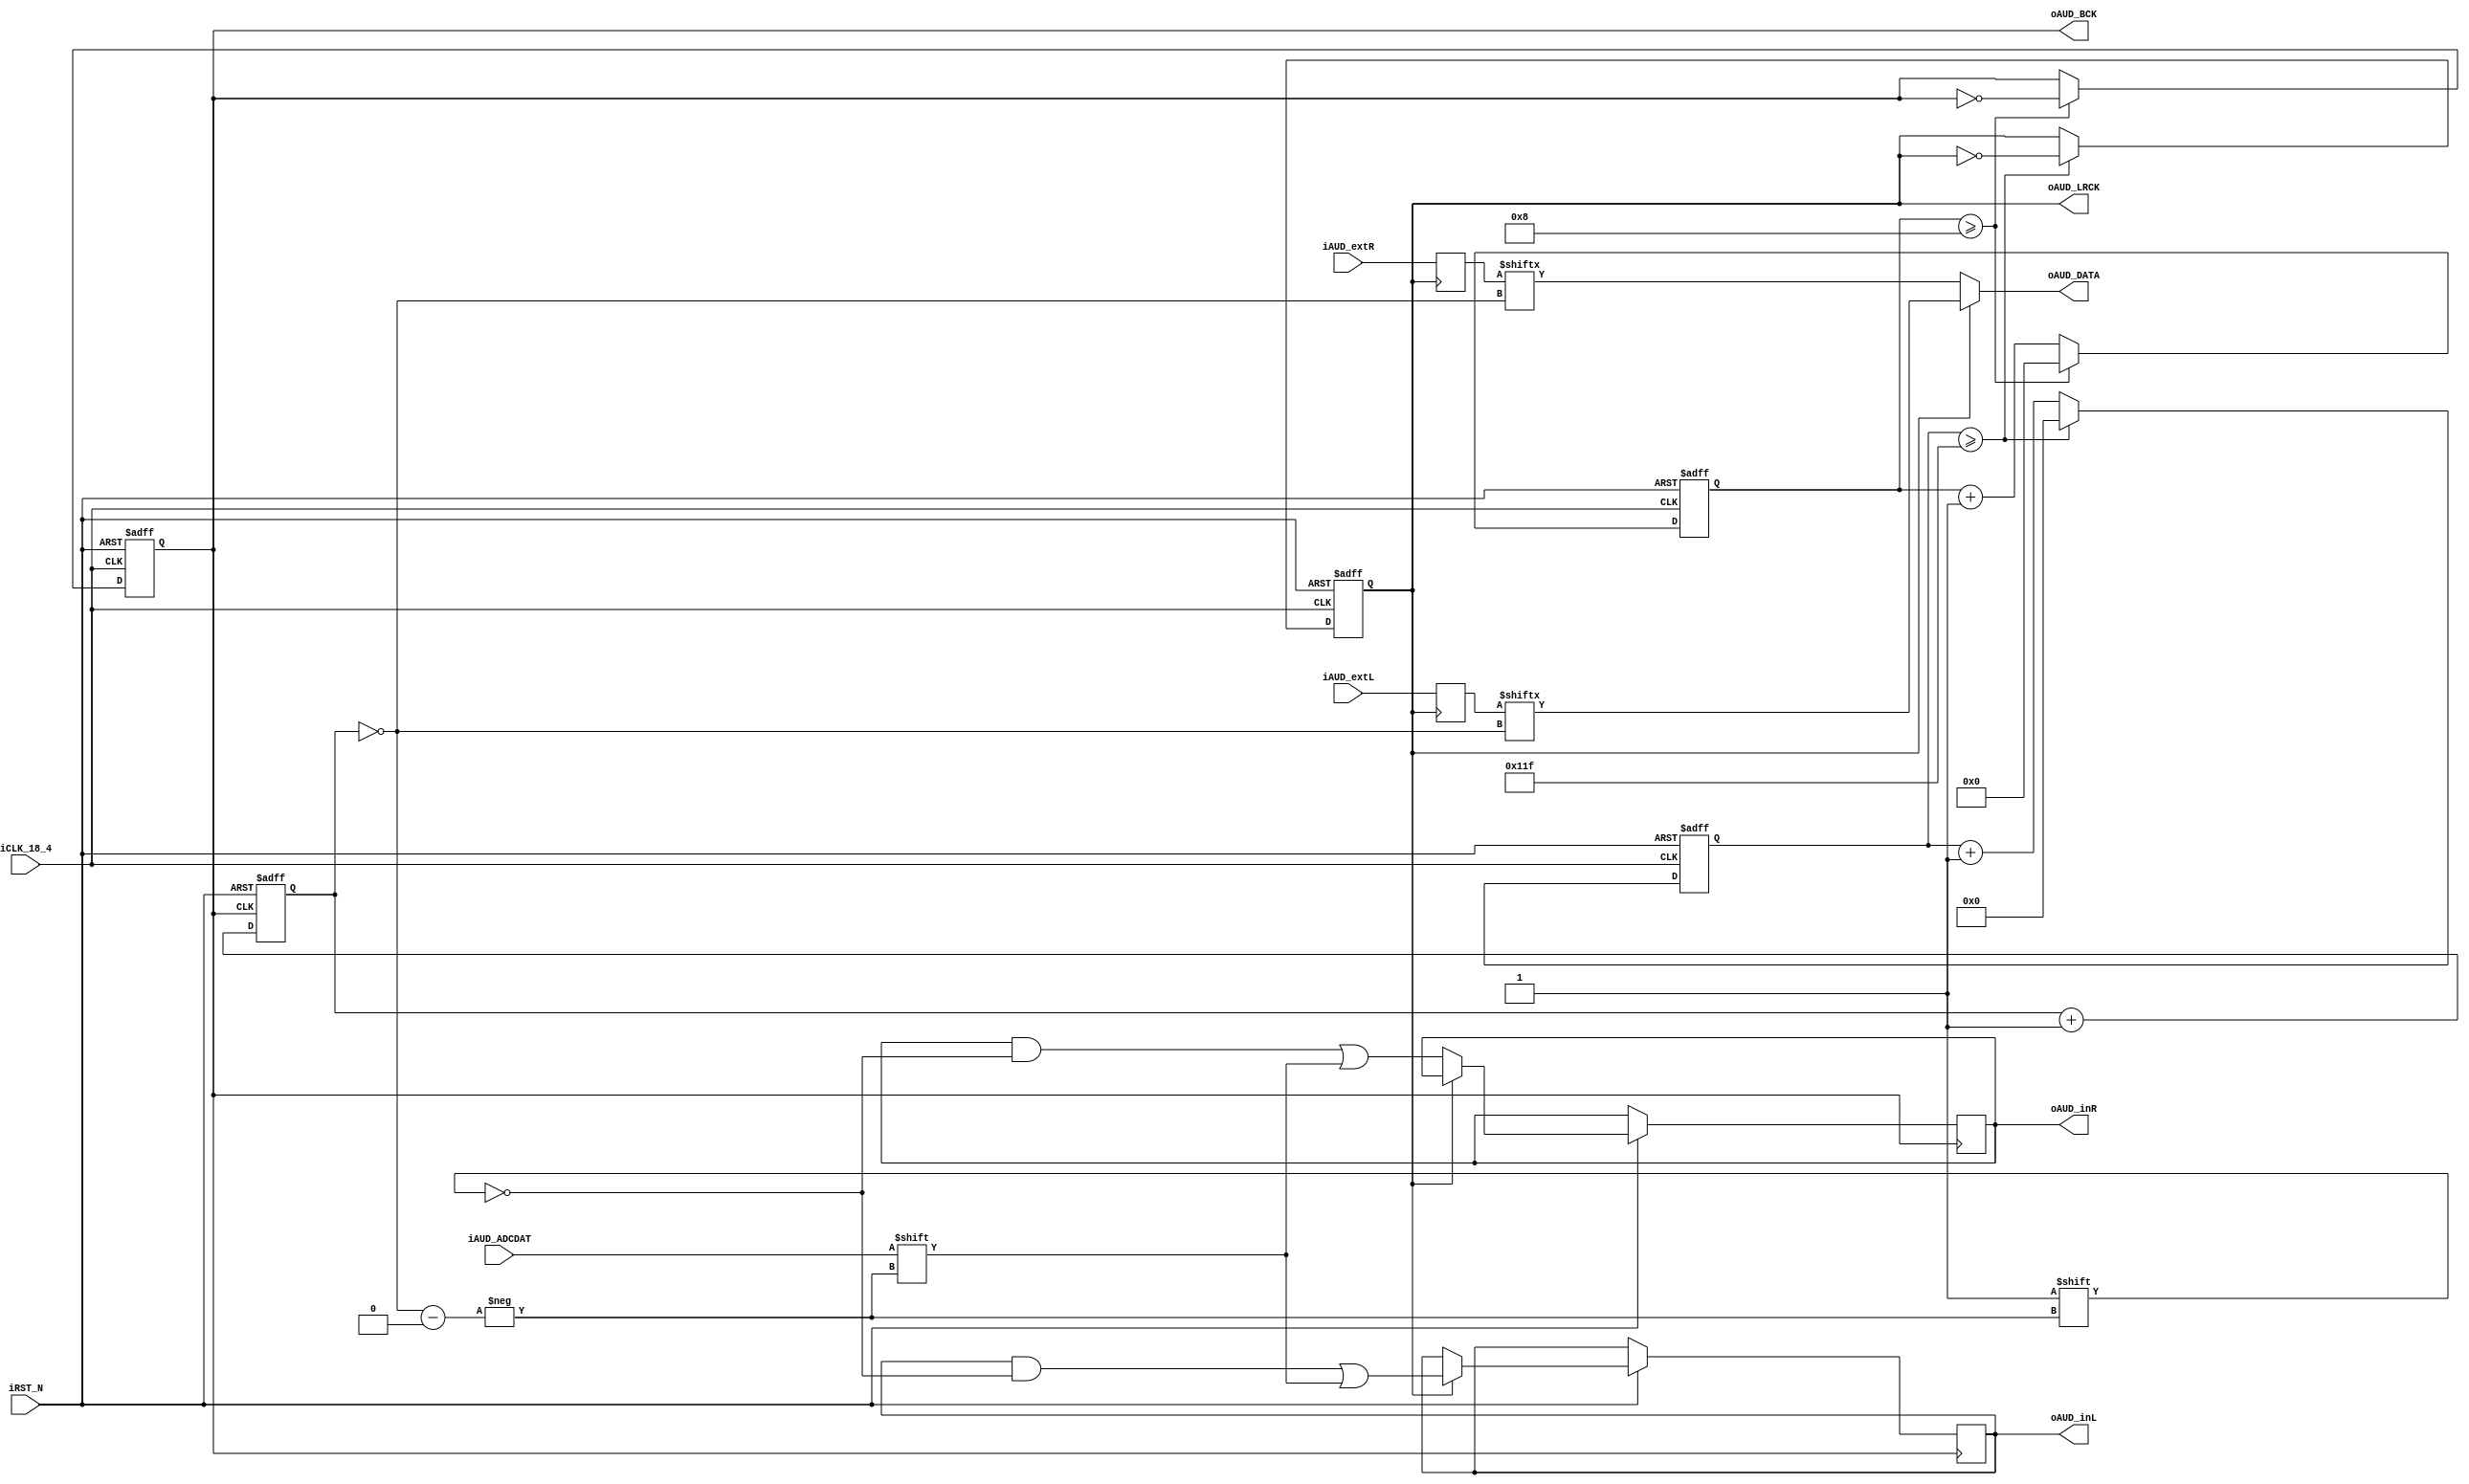
/////////////////////////////////////////////////////////////////////////
// modified from the Terasic version:
//   eliminate all memory references
//   simplify interface to top-level module
//   add audio I/O from top-level module
// modifed by Bruce Land, Cornell University 2007
/////////////////////////////////////////////////////////////////////////

module AUDIO_DAC_ADC ( 
    oAUD_BCK,
    oAUD_DATA,
    oAUD_LRCK,
    oAUD_inL,
    oAUD_inR,
    iAUD_ADCDAT,
    iAUD_extR,
    iAUD_extL,
    // Control Signals
    iCLK_18_4,
    iRST_N  
);

parameter REF_CLK     = 18432000; // 18.432  MHz
parameter SAMPLE_RATE = 32000;    // 48      KHz
parameter DATA_WIDTH  = 16;       // 16      Bits
parameter CHANNEL_NUM = 2;        // Dual Channel

// audio input FROM top-level module
input signed [DATA_WIDTH-1:0]  iAUD_extR, iAUD_extL;
// audio output TO top-level module
output signed [DATA_WIDTH-1:0] oAUD_inL, oAUD_inR;

// Audio Side
output     oAUD_DATA;
output     oAUD_LRCK;
output reg oAUD_BCK;
input      iAUD_ADCDAT;
// Control Signals
input      iCLK_18_4;
input      iRST_N;
// Internal Registers and Wires
reg [3:0]  BCK_DIV;
reg [8:0]  LRCK_1X_DIV;
reg [7:0]  LRCK_2X_DIV;
reg [6:0]  LRCK_4X_DIV;
reg [3:0]  SEL_Cont;

// to DAC and from ADC
reg signed [DATA_WIDTH-1:0] AUD_outL, AUD_outR;
reg signed [DATA_WIDTH-1:0] AUD_inL, AUD_inR;

reg LRCK_1X;
reg LRCK_2X;
reg LRCK_4X;
wire [3:0] bit_in;

//////////////////////////////////////////////////
////////////    AUD_BCK Generator   //////////////
/////////////////////////////////////////////////
always @ (posedge iCLK_18_4 or negedge iRST_N)
begin
    if(!iRST_N)
    begin
        BCK_DIV <= 0;
        oAUD_BCK <= 0;
    end
    else
    begin
        if (BCK_DIV >= REF_CLK/(SAMPLE_RATE*DATA_WIDTH*CHANNEL_NUM*2)-1)
        begin
            BCK_DIV <= 0;
            oAUD_BCK <= ~oAUD_BCK;
        end
        else
			BCK_DIV <= BCK_DIV + 4'd1;
    end
end

//////////////////////////////////////////////////
////////////    AUD_LRCK Generator  //////////////
//oAUD_LRCK is high for left and low for right////
//////////////////////////////////////////////////
always @ (posedge iCLK_18_4 or negedge iRST_N)
begin
    if(!iRST_N)
    begin
        LRCK_1X_DIV <= 0;
        LRCK_2X_DIV <= 0;
        LRCK_4X_DIV <= 0;
        LRCK_1X     <= 0;
        LRCK_2X     <= 0;
        LRCK_4X     <= 0;
    end
    else
    begin
        // LRCK 1X
        if (LRCK_1X_DIV >= REF_CLK/(SAMPLE_RATE*2)-1)
        begin
            LRCK_1X_DIV <= 0;
            LRCK_1X <=  ~LRCK_1X;
        end
        else
			LRCK_1X_DIV <= LRCK_1X_DIV + 9'd1;
			
        // LRCK 2X
        if (LRCK_2X_DIV >= REF_CLK/(SAMPLE_RATE*4)-1)
        begin
            LRCK_2X_DIV <= 0;
            LRCK_2X <=  ~LRCK_2X;
        end
        else
			LRCK_2X_DIV <= LRCK_2X_DIV + 8'd1;
			    
        // LRCK 4X
        if (LRCK_4X_DIV >= REF_CLK/(SAMPLE_RATE*8)-1)
        begin
            LRCK_4X_DIV <= 0;
            LRCK_4X <=  ~LRCK_4X;
        end
        else
			LRCK_4X_DIV <= LRCK_4X_DIV + 7'd1;
    end
end

assign oAUD_LRCK = LRCK_1X;

//////////////////////////////////////////////////
//////////  16 Bits - MSB First //////////////////
/// Clocks in the ADC input
/// and sets up the output bit selector
/// and clocks out the DAC data
//////////////////////////////////////////////////
// first the ADC
always @ (negedge oAUD_BCK or negedge iRST_N)
begin
    if (!iRST_N) SEL_Cont <= 0;
    else
    begin
        SEL_Cont <= SEL_Cont + 4'd1; // 4 bit counter, so it wraps at 16
        if (LRCK_1X)
            AUD_inL[~(SEL_Cont)] <= iAUD_ADCDAT;
        else
            AUD_inR[~(SEL_Cont)] <= iAUD_ADCDAT;
    end
end
assign oAUD_inL = AUD_inL;
assign oAUD_inR = AUD_inR;

// now the DAC -- output the DAC bit-stream                 
assign oAUD_DATA = (LRCK_1X) ? AUD_outL[~SEL_Cont] : AUD_outR[~SEL_Cont];
                                                                            
// register the inputs  
always @ (negedge LRCK_1X)
begin
    AUD_outL <= iAUD_extL; 
end 
always @ (posedge LRCK_1X)
begin
    AUD_outR <= iAUD_extR; 
end 

endmodule